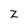
Character: Z